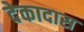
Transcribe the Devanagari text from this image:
देकादास